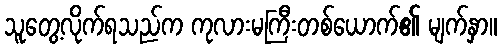
သူတွေ့လိုက်ရသည်က ကုလားမကြီးတစ်ယောက်၏ မျက်နှာ။